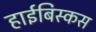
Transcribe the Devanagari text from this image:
हाईबिस्कस